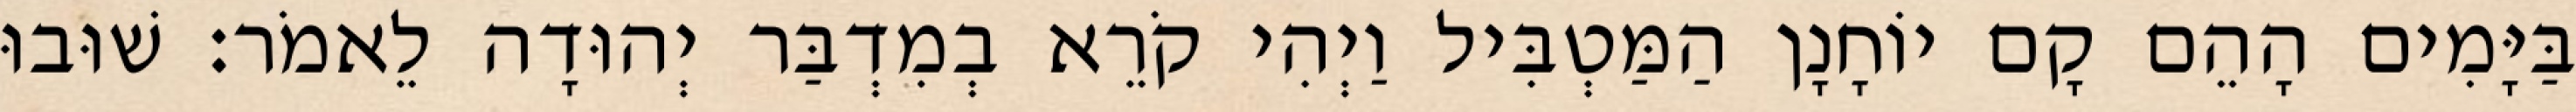
בַּיָּמִים הָהֵם קָם יוֹחָנָן הַמַּטְבִּיל וַיְהִי קֹרֵא בְמִדְבַּר יְהוּדָה לֵאמֹר׃ שׁוּבוּ